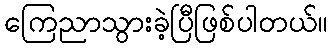
ကြေညာသွားခဲ့ပြီဖြစ်ပါတယ်။